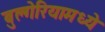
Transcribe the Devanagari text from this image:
बुल्गेरियामध्ये